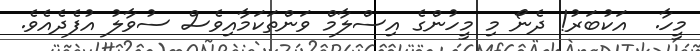
މީހާ.  އަކުބަރު! ދެނޯ މި މީހުންގެ އިސްލާމް ވަންތަކަމާއިވެސް ސުވާލު އުފެދެއެވެ.